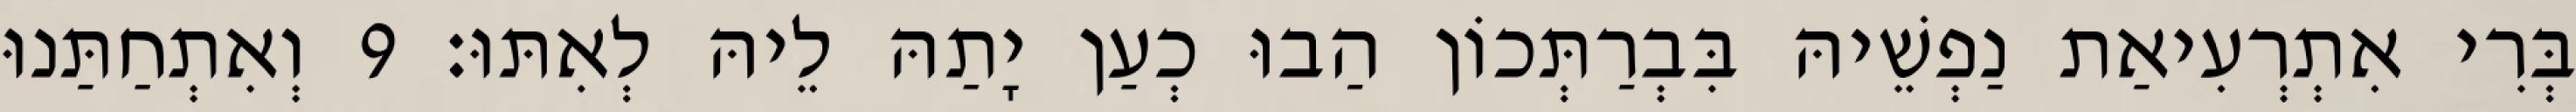
בְּרִי אִתְרְעִיאַת נַפְשֵׁיהּ בִּבְרַתְּכוֹן הַבוּ כְעַן יָתַהּ לֵיהּ לְאִתּוּ׃ 9 וְאִתְחַתַּנוּ